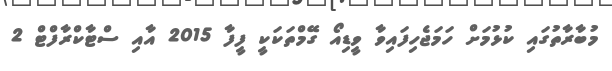
މުބާރާތުގައި ކުޅުމަށް ހަމަޖެހިފައިވާ ވީޑިއޯ ގޭމްތަކަކީ ފީފާ 2015 އާއި ސްޓާކްރާފްޓް 2